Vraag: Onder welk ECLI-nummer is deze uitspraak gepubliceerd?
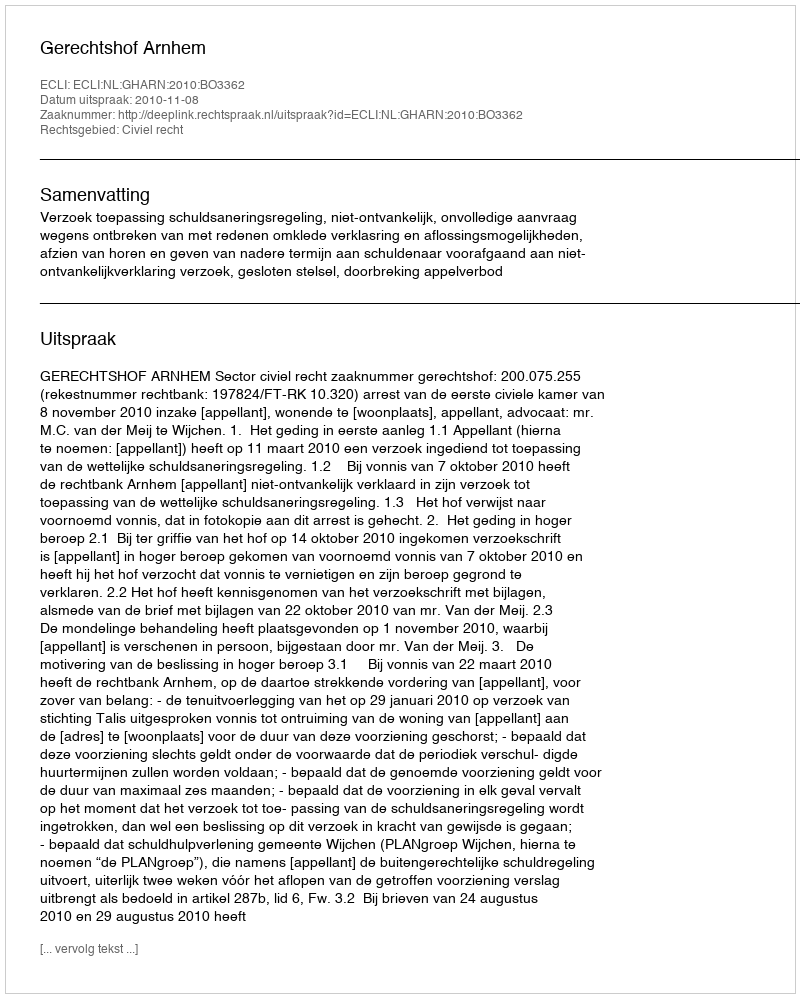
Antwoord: ECLI:NL:GHARN:2010:BO3362